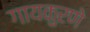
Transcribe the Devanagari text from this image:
गायकुरणे